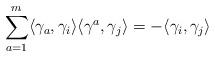
LaTeX: \begin{align*}\sum_{a=1}^m \langle \gamma_a, \gamma_{i}\rangle \langle \gamma^a, \gamma_{j}\rangle=-\langle \gamma_i,\gamma_j\rangle\end{align*}